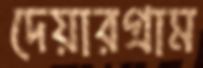
দেয়ারগ্রাম